Leaving Certificate Examination, 1918, 1918
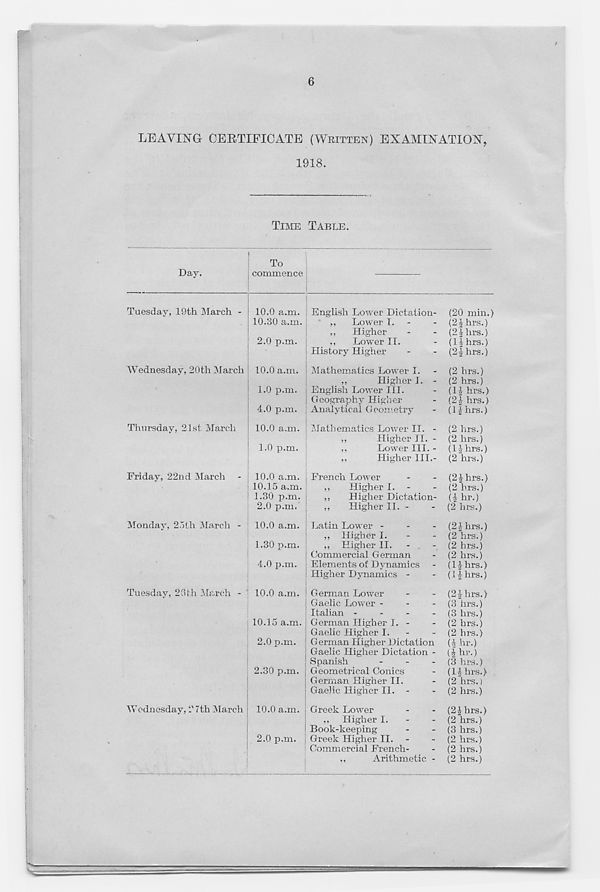
6
LEAVING CERTIFICATE (WRITTEN) EXAMINATION^
1918.
TIME TABLE.
Day.
To
commence
Tuesday, 19th March -
Wednesday, 20 th March
Thursday, 21st March
Friday, 22nd March
Monday, 25th March -
Tuesday, 20th March
Wednesday, 27th March
10.0 a.m.
10.30 a.m.
2.0 p.m.
10.0 a.m.
1.0 p.m.
4.0 p.m.
10.0 a.m.
1.0 p.m.
10.0 a.m.
10.15 a.m.
1.30 p.m.
2.0 p.m.
10.0 a.m.
1.30 p.m.
4.0 p.m.
10.0 a.m.
10.15 a.m.
2.0 p.m.
2.30 p.m.
10.0 a.m.
2.0 p.m.
English Lower Dictation- (20 min.)
,,
Lower I. -
- (2Jhrs.)
,,
Higher
-
- (2|hrs.)
,,
Lower II.
- (lihrs.)
History Higher
-
- (2| hrs.)
Mathematics Lower I. - (2 hrs.)
,,
Higher I. - (2 hrs.)
English Lower III.
- (1| hrs.)
Geography Higher
- (2f hrs.)
Analytical Geometry
- (l^hrs.)
Mathematics Lower II. - (2 hrs.)
,,
Higher II. - (2 hrs.)
,,
Lower III. - (1 ihrs.)
,,
Higher III.- (2 hrs.)
French Lower
-
- (2£hrs.)
,,
Higher I. -
- (2 hrs.)
,,
Higher Dictation- (l hr.)
,,
Higher II. -
- (2 hrs.)
Latin Lower -
-
- (21 hrs.)
,, Higher I.
-
- (2 hrs.)
,, Higher II.
-
- (2 hrs.)
Commercial German
- (2 hrs.)
Elements of Dynamics - (1 J-hrs.)
Higher Dynamics -
- (11 hrs.)
German Lower
-
- (2-1 hrs.)
Gaelic Lower -
-
- (3 hrs.)
Italian -
-
-
- (3 hrs.)
German Higher I. -
- (2 hrs.)
Gaelic Higher I.
-
- (2 hrs.)
German Higher Dictation (1 hr.)
Gaelic Higher Dictation - (| hr.)
Spanish
-
-
- (3 hrs.)
Geometrical Conics
- (11 hrs.)
German Higher II.
- (2 hrs.)
Gaelic Higher II. -
- (2 hrs.)
Greek Lower
-
- (21 hrs.)
,, Higher I.
-
- (2 hrs.)
Book-keeping
-
- (3 hrs.)
Greek Higher II. -
- (2 hrs.)
i Commercial French-
- (2 hrs.)
,,
Arithmetic - (2 hrs.)